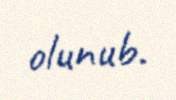
olunub.